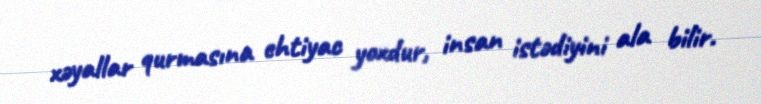
xəyallar qurmasına ehtiyac yoxdur, insan istədiyini ala bilir.